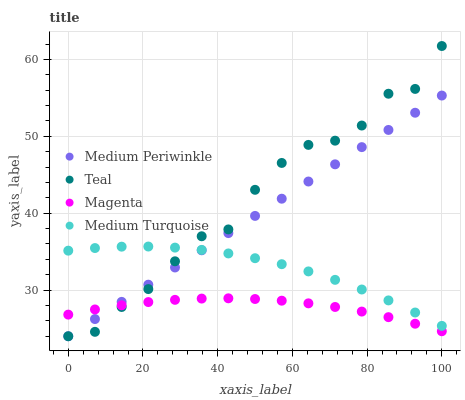
| xaxis_label | Medium Periwinkle | Teal | Magenta | Medium Turquoise |
 | --- | --- | --- | --- | --- |
 | 0 | 24 | 24 | 26.8 | 35.1 |
 | 7.14 | 26.2 | 24.6 | 27.5 | 35.5 |
 | 14.3 | 28.5 | 27.8 | 28 | 35.6 |
 | 21.4 | 30.7 | 30.1 | 28.4 | 35.7 |
 | 28.6 | 32.9 | 33.7 | 28.7 | 35.5 |
 | 35.7 | 35.2 | 37 | 28.9 | 35.2 |
 | 42.9 | 37.4 | 37.9 | 28.9 | 34.8 |
 | 50 | 39.7 | 43 | 28.8 | 34.1 |
 | 57.1 | 41.9 | 46.5 | 28.6 | 33.4 |
 | 64.3 | 44.1 | 48.9 | 28.3 | 32.4 |
 | 71.4 | 46.4 | 49.4 | 27.8 | 31.3 |
 | 78.6 | 48.6 | 51.4 | 27.2 | 30.1 |
 | 85.7 | 50.8 | 55.5 | 26.5 | 28.7 |
 | 92.9 | 53.1 | 56.2 | 25.6 | 27.1 |
 | 100 | 55.3 | 61.7 | 24.7 | 25.4 |